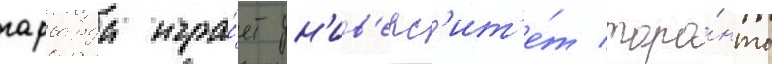
гарварда игра́ет ун'ив'ерс'ит'е́т торо́нто